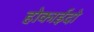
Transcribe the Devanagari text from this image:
होकाईदो